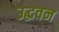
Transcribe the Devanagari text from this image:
उद्धवन